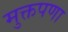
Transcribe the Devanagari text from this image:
मुक्तपणा